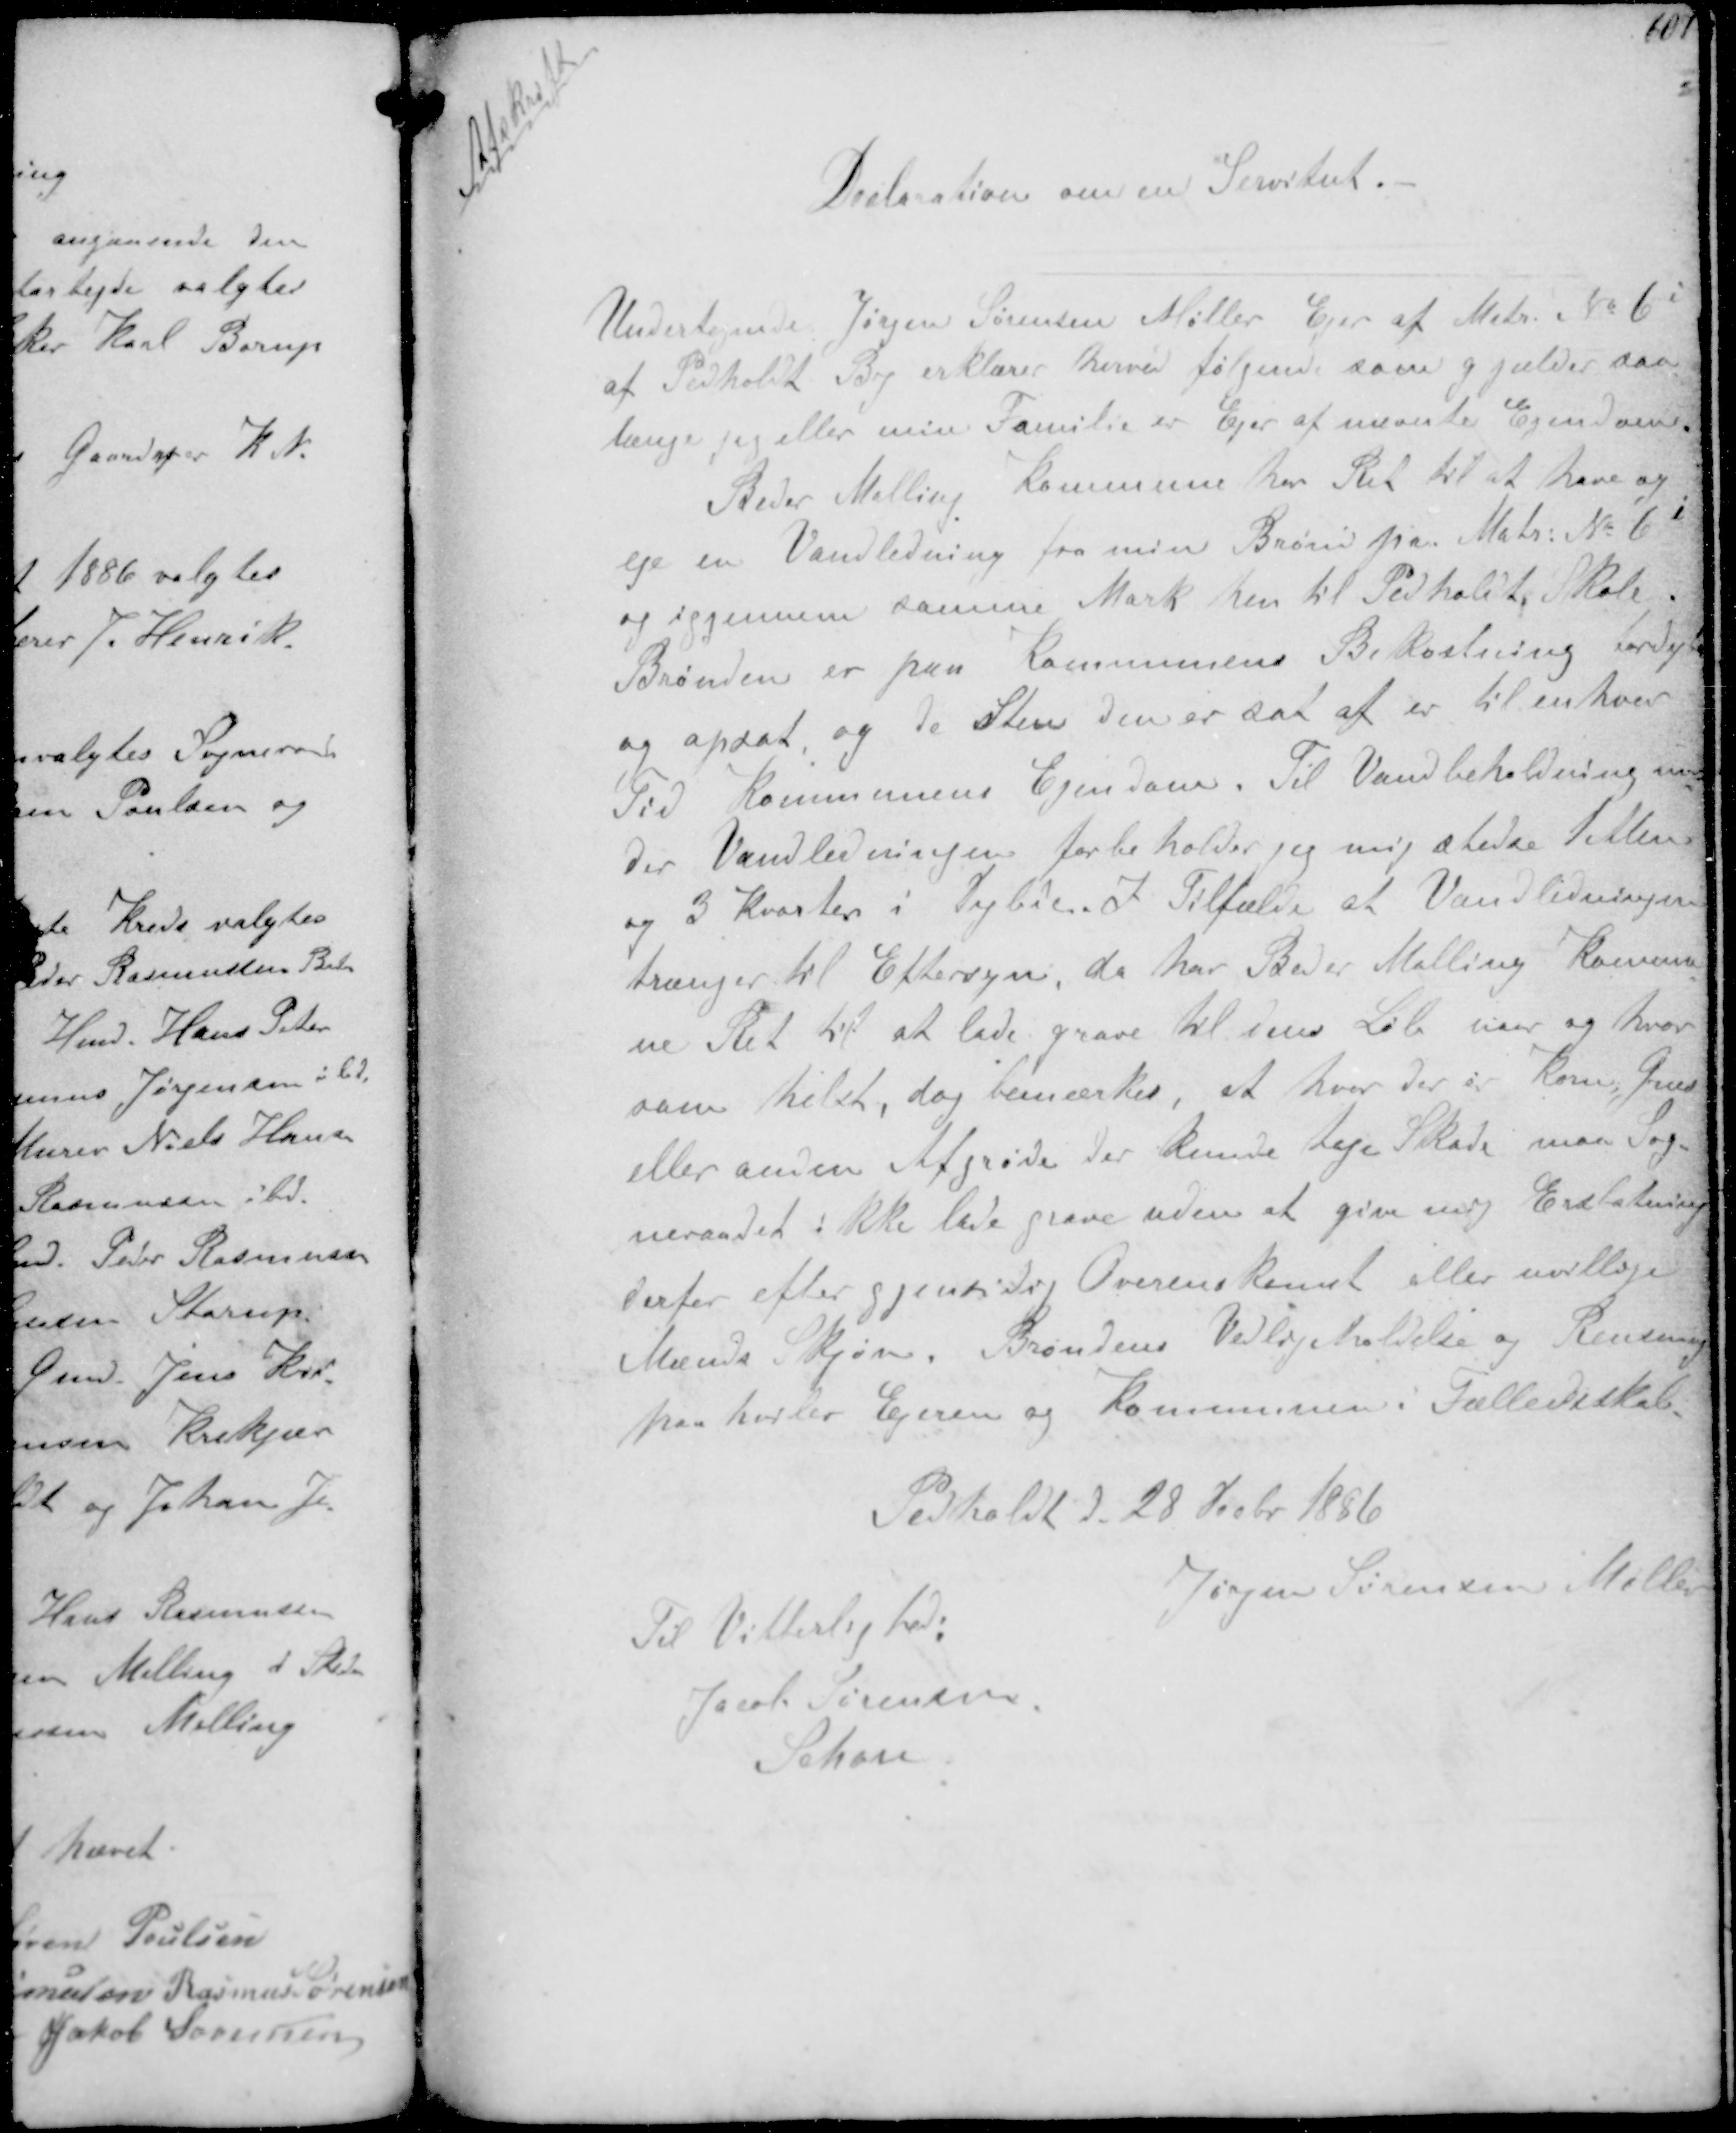
Transskription:
Afskrift

Declaration over en Servitut

Undertegnede Jørgen Sørensen Møller Ejer af Matr. No 6i
af Pedholdt By erklærer herved følgende som gjælder saa
længe jeg eller min Familie er ejer at nævnte Ejendom
Beder Malling Kommune har Ret til at have og
eje en Vandledning fra min Brønd fra Matr. No 6i
og igjennem samme Mark hen til Pedholdt Skole.
Brønden er paa kommunens Bekostning færdig
og opsat, og de Steen den er sat af er til enhver
Tid Kommunens Ejendom. Til Vandbeholdning un-
der Vandledningen forbeholder jeg mig stedse 1 Alen
og 3 Kvarter i Dybde I Tilfælde at Vandledningen
trænger til Eftersyn, da har Beder Malling Kommu-
ne Ret til at lade grave til dens løb naar og hvor
som helst, dog bemærkes, at hvor der er Korn, Græs
eller anden Afgrøde der kunde tage skade maa Sog-
neraadet ikke lade grave uden at give mig Erstatning
derfor efter gjensidig Overenskomst eller uvillige
Mænds Skjøn. Brøndens Vedligeholdelse og Rensning
paahviler Ejeren og Kommunen i Fællesskab

Pedholdt d. 28 Decbr 1886

Jørgen Sørensen Møller

Til Vitterlighed
Jacob Sørensen
Schou